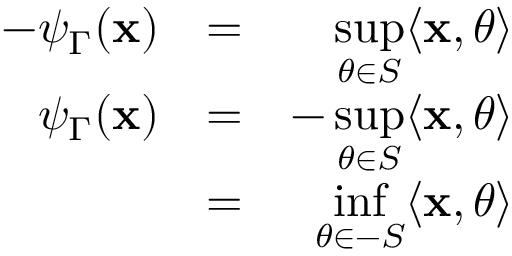
\begin{array} { r l r } { - \psi _ { \Gamma } ( \mathbf { x } ) } & { = } & { \displaystyle \operatorname* { s u p } _ { \theta \in S } \langle \mathbf { x } , \theta \rangle } \\ { \psi _ { \Gamma } ( \mathbf { x } ) } & { = } & { \displaystyle - \operatorname* { s u p } _ { \theta \in S } \langle \mathbf { x } , \theta \rangle } \\ & { = } & { \displaystyle \operatorname* { i n f } _ { \theta \in - S } \langle \mathbf { x } , \theta \rangle } \end{array}